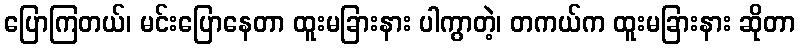
ပြောကြတယ်၊ မင်းပြောနေတာ ထူးမခြားနား ပါကွာတဲ့၊ တကယ်က ထူးမခြားနား ဆိုတာ